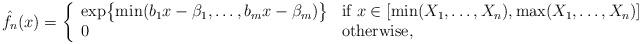
LaTeX: \begin{align*}\hat{f}_n(x) = \left\{ \begin{array}{ll} \exp\bigl\{\min(b_1x-\beta_1,\ldots,b_m x - \beta_m)\bigr\} &\mbox{if $x \in [\min(X_1,\ldots,X_n),\max(X_1,\ldots,X_n)]$} \\0 & \mbox{otherwise,} \end{array} \right.\end{align*}